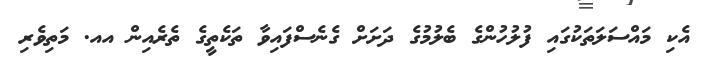
އެކި މައްސަލަތަކުގައި ފުލުހުންގެ ބެލުމުގެ ދަށަށް ގެނެސްފައިވާ ތަކެތީގެ ތެރެއިން އއ. މަތިވެރި